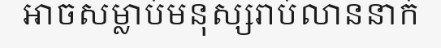
អាចសម្លាប់មនុស្សរាប់លាននាក់